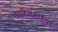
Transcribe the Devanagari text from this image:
आदिलशाहचा